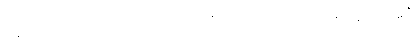
ပန၊ ဆက်။ (ထေရော၊ သည်၊) သစေ ဂဏှာတိ၊ အကယ်၍ယူအံ့။ (ဧဝံ